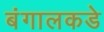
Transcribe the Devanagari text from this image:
बंगालकडे